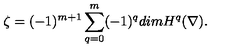
\zeta = ( - 1 ) ^ { m + 1 } \sum _ { q = 0 } ^ { m } ( - 1 ) ^ { q } d i m H ^ { q } ( \nabla ) .